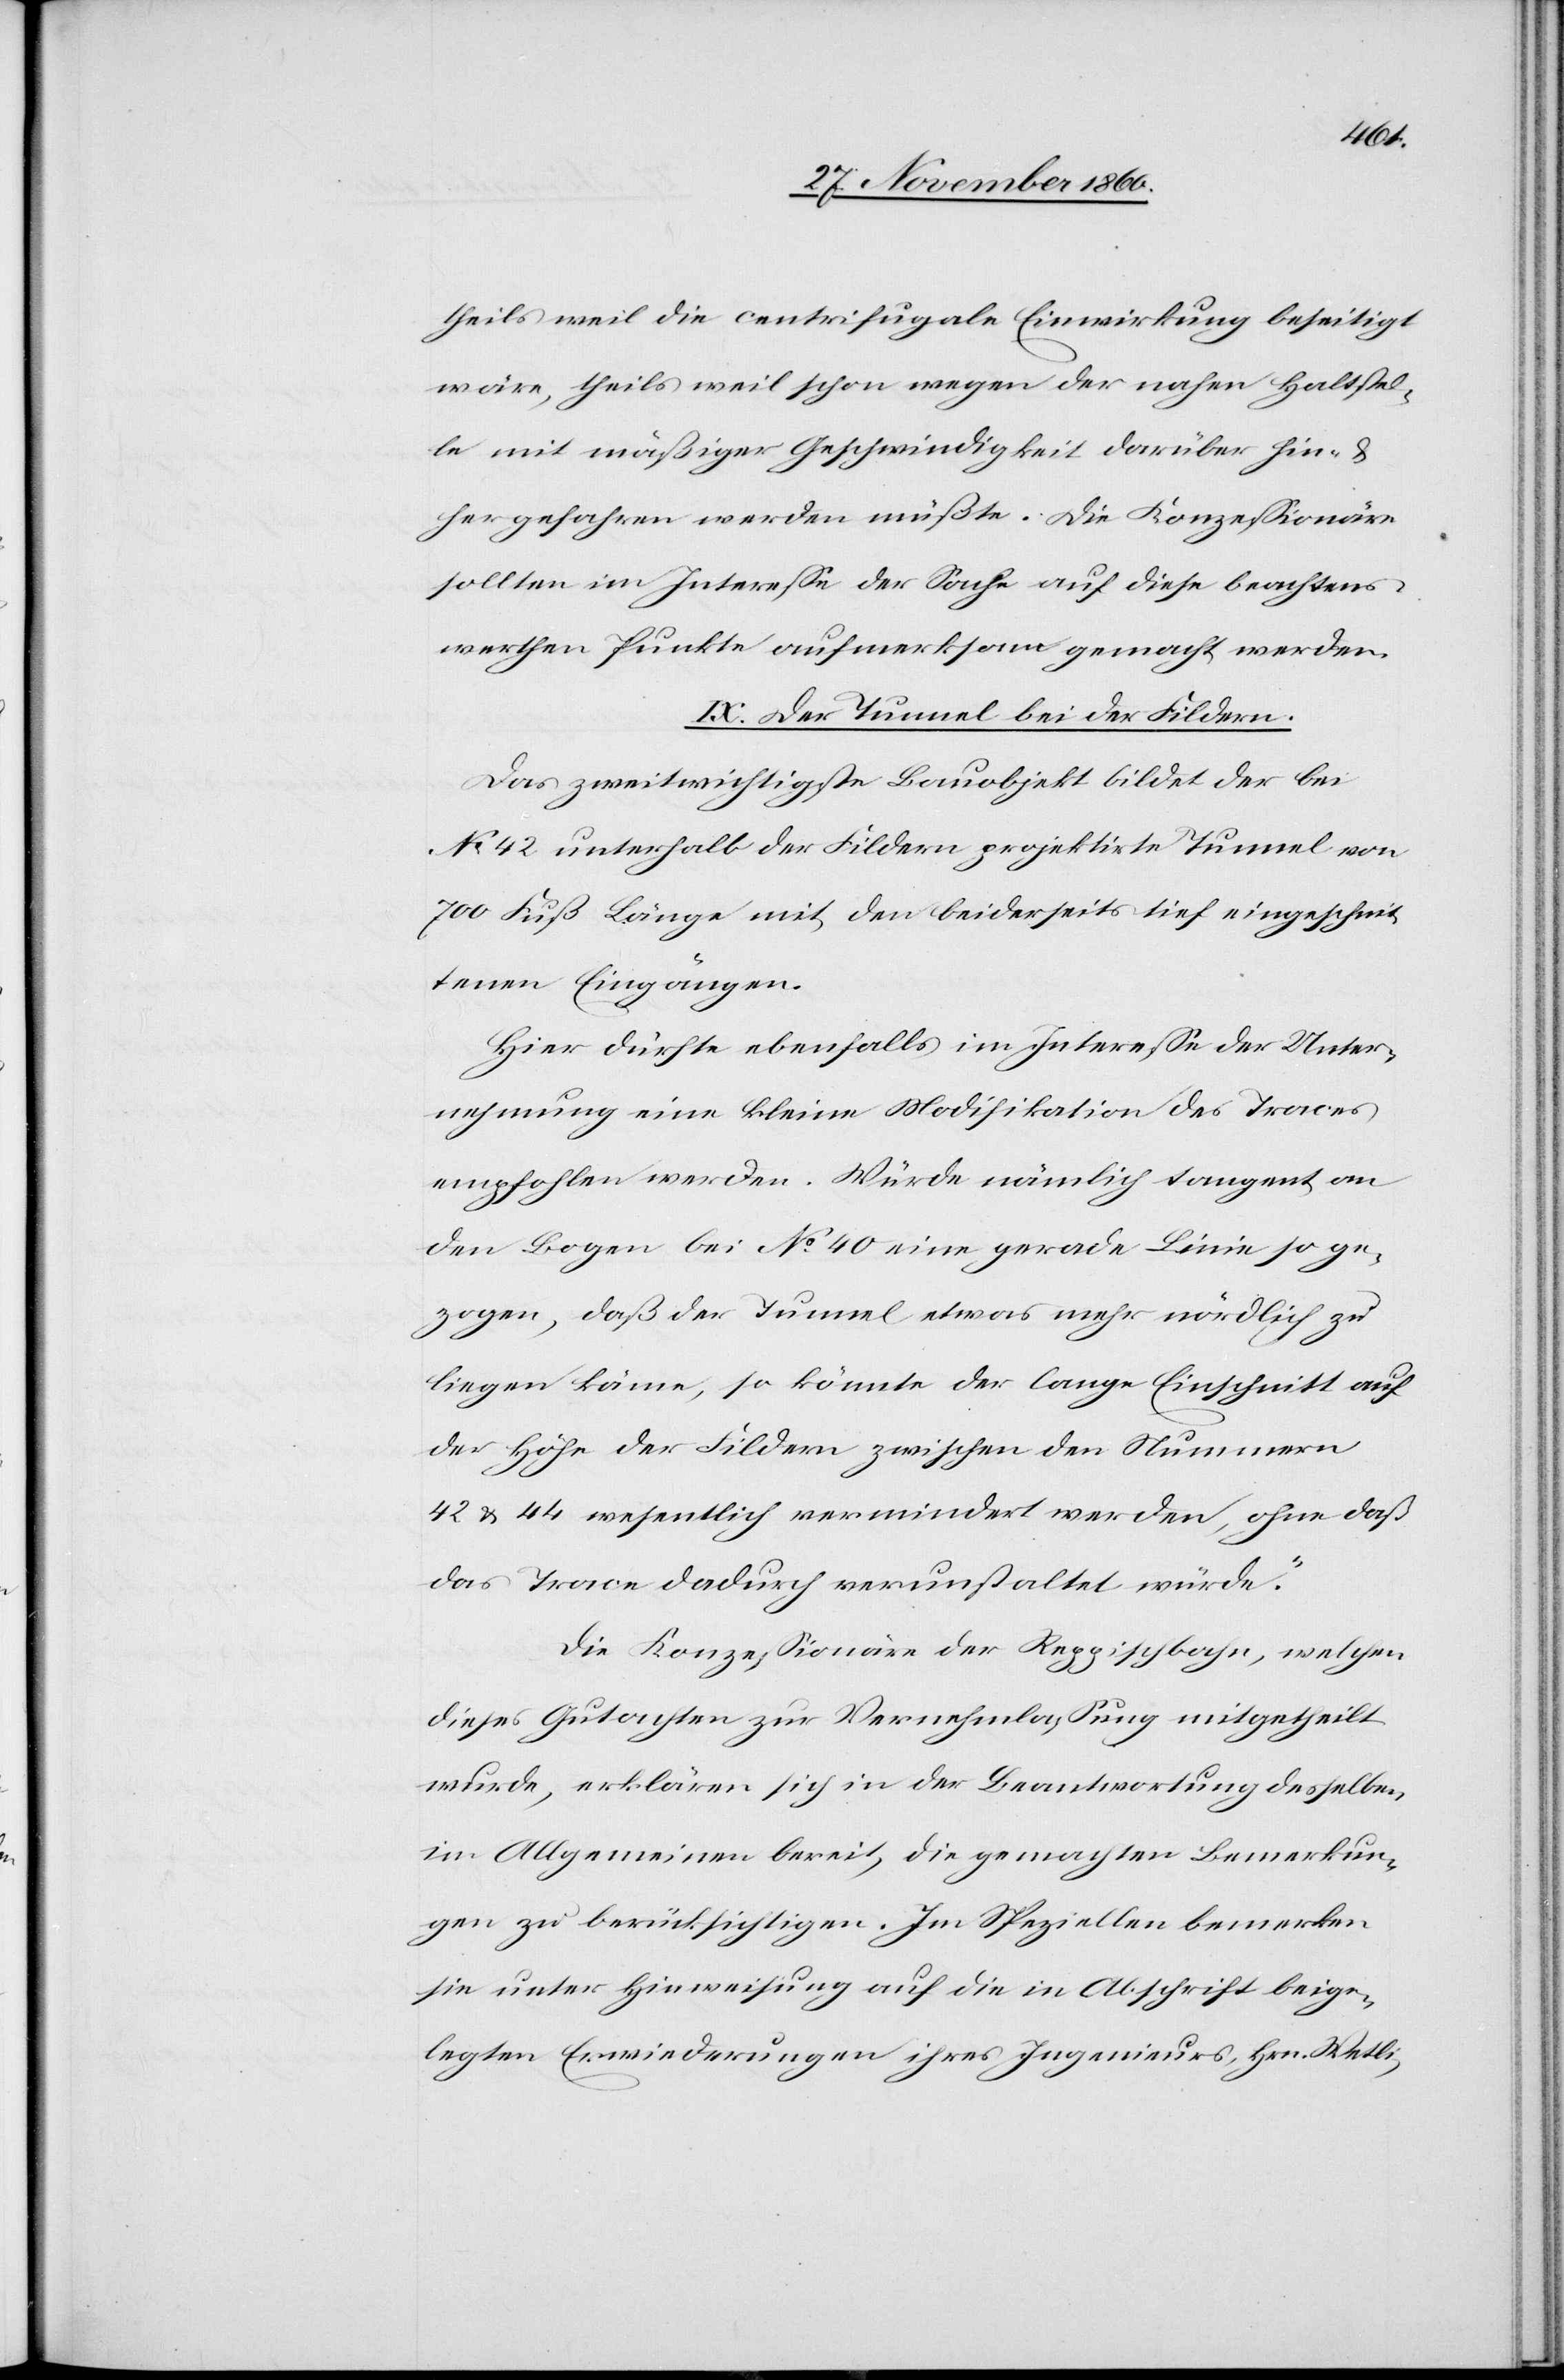
theils weil die centrifugale Einwirkung beseitigt
wäre, theils weil schon wegen der nahen Haltstel¬
le mit mäßiger Geschwindigkeit darüber hin- u.
hergefahren werden müßte. Die Konzessionäre
sollten im Interesse der Sache auf diese beachtens¬
werthen Punkte aufmerksam gemacht werden.
IX. Der Tunnel bei der Fildern.
Das zweitwichtigste Bauprojekt bildet der bei
No 42 unterhalb der Fildern projektirte Tunnel von
700 Fuß Länge mit den beiderseits tief eingeschnit¬
tenen Eingängen.
Hier dürfte ebenfalls im Interesse der Unter¬
nehmung eine kleine Modifikation des Traces
empfohlen werden. Würde nämlich tangent an
den Bogen bei No 40 eine gerade Linie so ge¬
zogen, daß der Tunnel etwas mehr nördlich zu
liegen käme, so könnte der lange Einschnitt auf
der Höhe der Fildern zwischen den Nummern
42 u. 44 wesentlich vermindert werden, ohne daß
das Trace dadurch verunstaltet würde.“
Die Konzessionäre der Reppischbahn, welchen
dieses Gutachten zur Vernehmlassung mitgetheilt
wurde, erklären sich in der Beantwortung desselben
im Allgemeinen bereit, die gemachten Bemerkun¬
gen zu berücksichtigen. Im Speziellen bemerken
sie unter Hinweisung auf die in Abschrift beige¬
legten Erwiederungen ihres Ingenieurs, Hrn. Wetli,